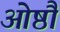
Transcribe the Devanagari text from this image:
ओष्ठौ